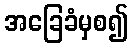
အခြေခံမှစ၍